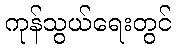
ကုန်သွယ်ရေးတွင်